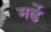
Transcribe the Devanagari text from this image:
मर्ढे